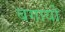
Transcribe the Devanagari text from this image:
बगायो